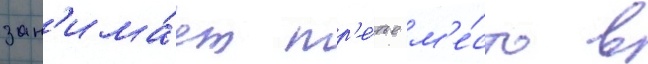
зан'има́ет тр'е́тье м'е́сто в